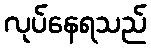
လုပ်နေရသည်